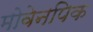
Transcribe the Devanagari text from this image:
मोवेनपिक